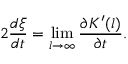
2 { \frac { d \bar { \xi } } { d t } } = \operatorname * { l i m } _ { l \to \infty } { \frac { \partial K ^ { \prime } ( l ) } { \partial t } } .